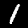
Digit: 1